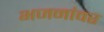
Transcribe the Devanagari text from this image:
भजनांवर